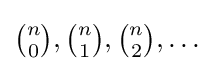
{\tbinom {n}{0}},{\tbinom {n}{1}},{\tbinom {n}{2}},\ldots